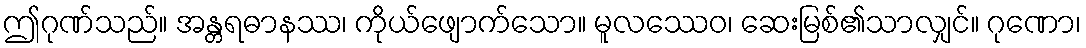
ဤဂုဏ်သည်။ အန္တရဓာနဿ၊ ကိုယ်ဖျောက်သော။ မူလဿေဝ၊ ဆေးမြစ်၏သာလျှင်။ ဂုဏော၊